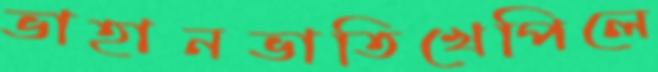
ভাহানভাতিখেপিলে